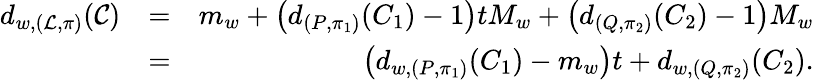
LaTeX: \begin{array}{rlr}{d_{w,(\mathcal{L},\pi)}(\mathcal{C})}&{=}&{m_{w}+\left(d_{(P,\pi_{1})}(C_{1})-1\right)tM_{w}+\left(d_{(Q,\pi_{2})}(C_{2})-1\right)M_{w}}\\ &{=}&{\left(d_{w,(P,\pi_{1})}(C_{1})-m_{w}\right)t+d_{w,(Q,\pi_{2})}(C_{2}).}\end{array}